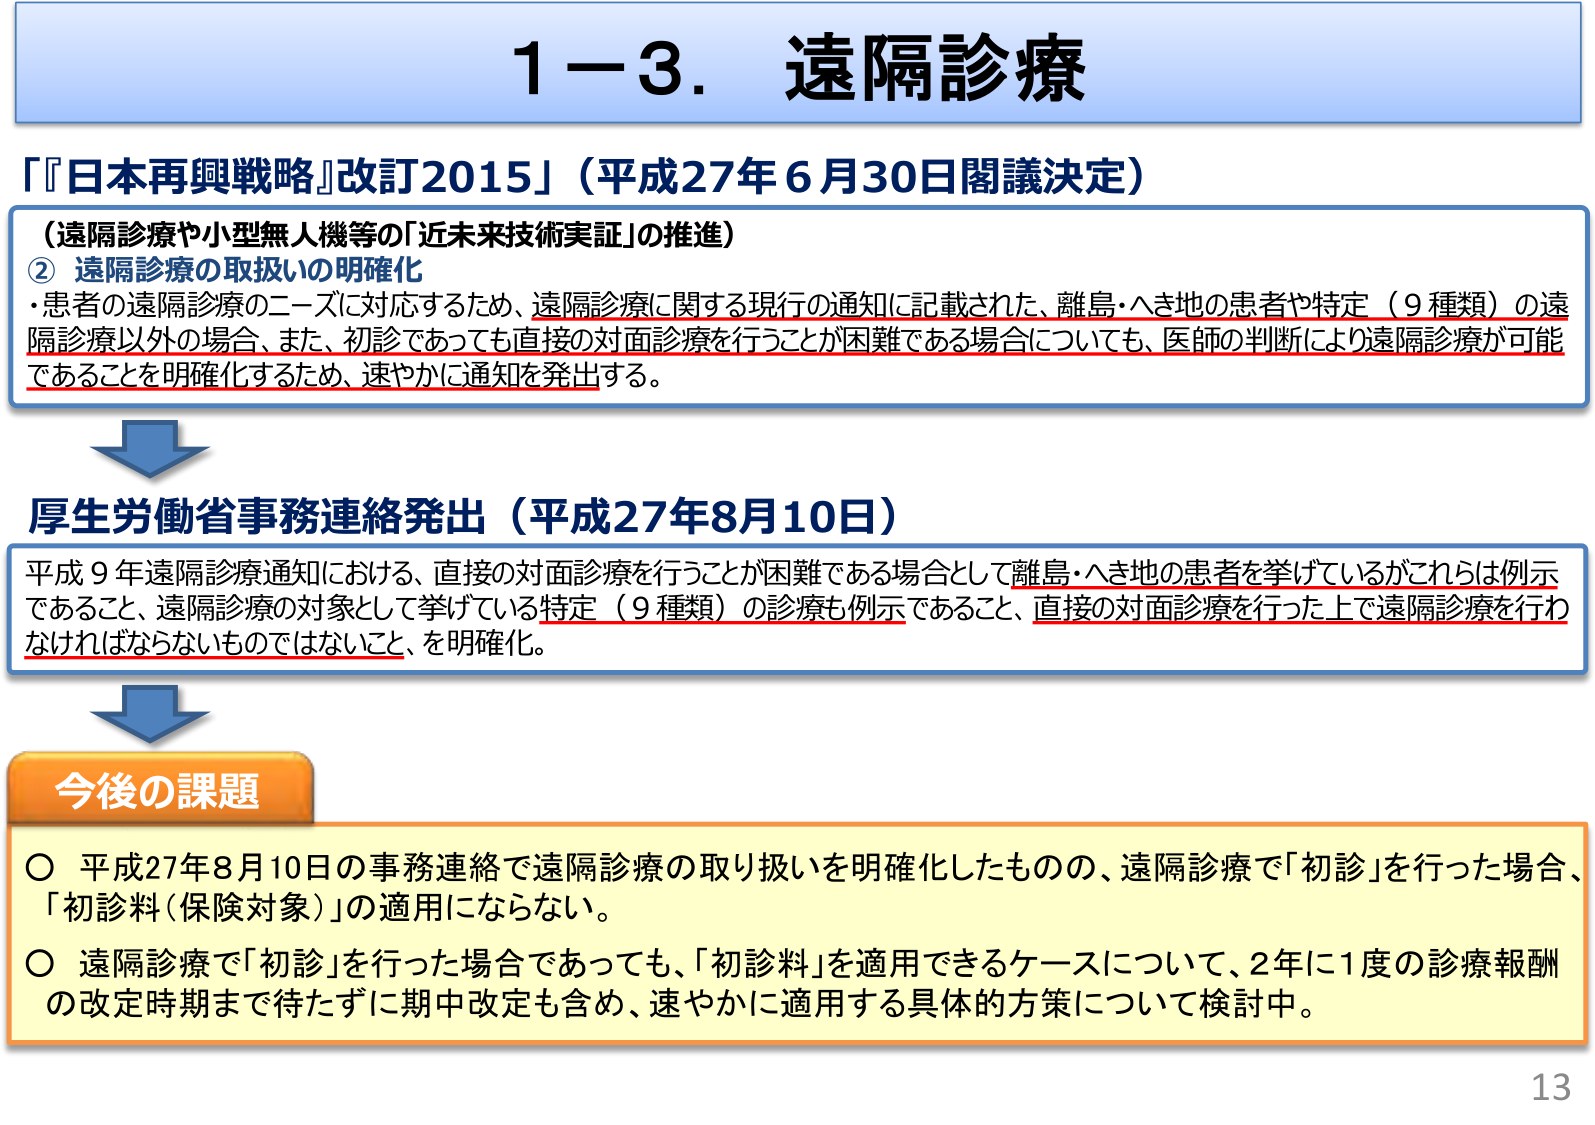
1－3．遠隔診療

「『日本再興戦略』改訂2015」（平成27年6月30日閣議決定）

（遠隔診療や小型無人機等の「近未来技術実証」の推進）
② 遠隔診療の取扱いの明確化
・患者の遠隔診療のニーズに対応するため、遠隔診療に関する現行の通知に記載された、離島・へき地の患者や特定（9種類）の遠隔診療以外の場合、また、初診であっても直接の対面診療を行うことが困難である場合についても、医師の判断により遠隔診療が可能であることを明確化するため、速やかに通知を発出する。

厚生労働省事務連絡発出（平成27年8月10日）
平成9年遠隔診療通知における、直接の対面診療を行うことが困難である場合として離島・へき地の患者を挙げているがこれらは例示であること、遠隔診療の対象として挙げている特定（9種類）の診療も例示であること、直接の対面診療を行った上で遠隔診療を行わなければならないものではないこと、を明確化。

今後の課題
○ 平成27年8月10日の事務連絡で遠隔診療の取り扱いを明確化したもの、遠隔診療で「初診」を行った場合、「初診料（保険対象）」の適用にならない。
○ 遠隔診療で「初診」を行った場合であっても、「初診料」を適用できるケースについて、2年に1度の診療報酬の改定時期まで待たずに期中改定も含め、速やかに適用する具体的方策について検討中。

13